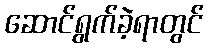
ဆောင်ရွက်ခဲ့ရာတွင်